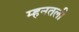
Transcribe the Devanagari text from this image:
म्हनतली